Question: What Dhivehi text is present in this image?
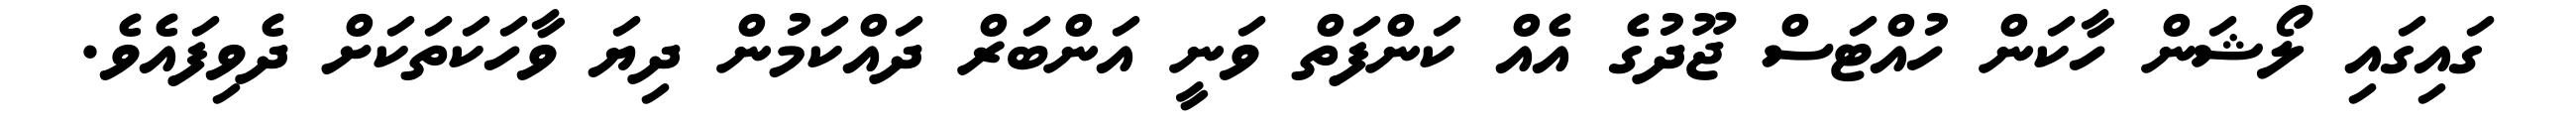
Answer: ގައިގައި ލޯޝަން ހާކަން ހުއްޓަސް ޖޫދުގެ އެއް ކަންފަތް ވަނީ އަންބަރް ދައްކަމުން ދިޔަ ވާހަކަތަކަށް ދެވިފައެވެ.